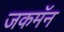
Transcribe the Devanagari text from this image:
जकमॅन